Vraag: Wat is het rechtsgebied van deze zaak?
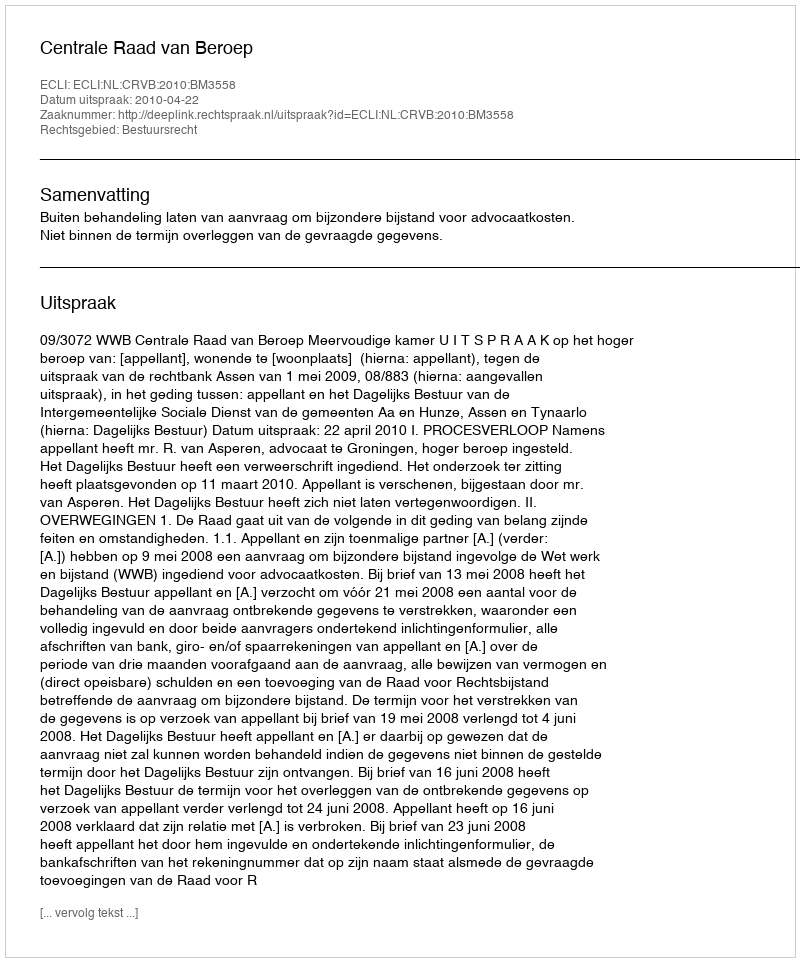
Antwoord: Bestuursrecht